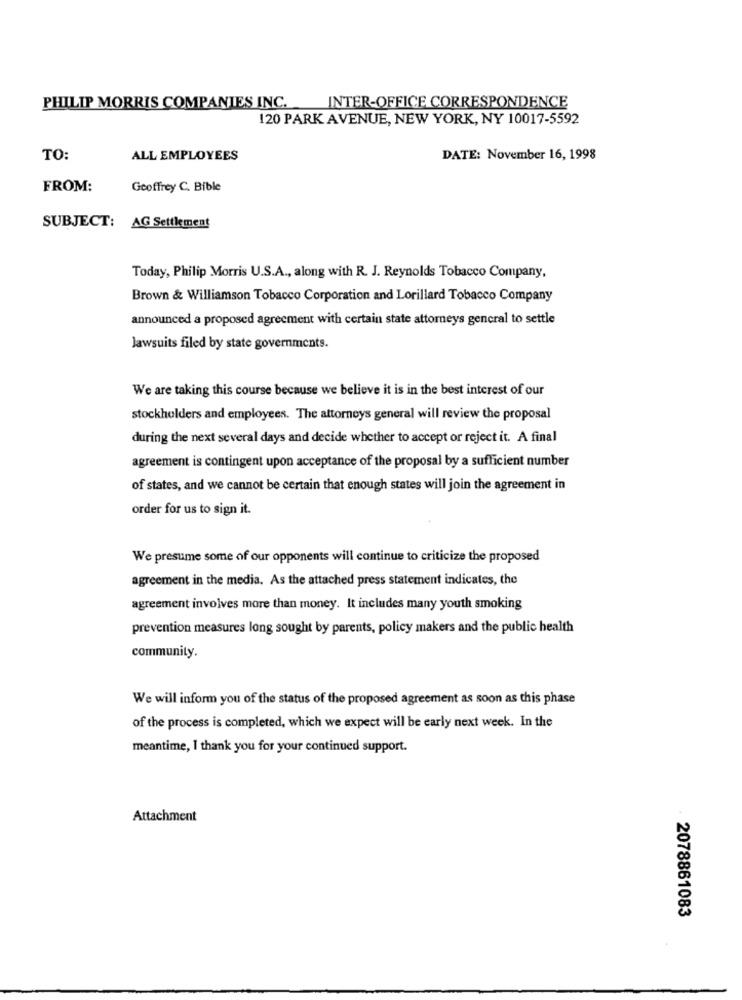
PHILIP MORRIS COMPANIES INC.
INTER-OFFICE CORRESPONDENCE
120 PARK AVENUE, NEW YORK, NY 10017-5592
TO:
ALL EMPLOYEES
DATE: November 16, 1998
FROM:
Geoffrey C. Bible
SUBJECT: AG Settlement
Today, Philip Morris U.S.A ., along with R. J. Reynolds Tobacco Company,
Brown & Williamson Tobacco Corporation and Lorillard Tobacco Company
announced a proposed agreement with certain state attorneys general to settle
lawsuits filed by state governments.
We are taking this course because we believe it is in the best interest of our
stockholders and employees. The attorneys general will review the proposal
during the next several days and decide whether to accept or reject it. A final
agreement is contingent upon acceptance of the proposal by a sufficient number
of states, and we cannot be certain that enough states will join the agreement in
order for us to sign it.
We presume some of our opponents will continue to criticize the proposed
agreement in the media. As the attached press statement indicates, the
agreement involves more than money. It includes many youth smoking
prevention measures long sought by parents, policy makers and the public health
community.
We will inform you of the status of the proposed agreement as soon as this phase
of the process is completed, which we expect will be early next week. In the
meantime, 1 thank you for your continued support.
Attachment
2078861083